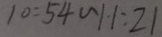
1 0 : 5 4 \sim 1 1 : 2 1